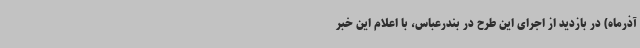
آذرماه) در بازدید از اجرای این طرح در بندرعباس، با اعلام این خبر